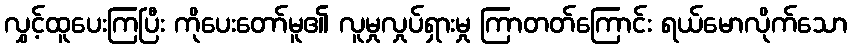
လွှင့်ထူပေးကြပြီး ကိုပေးတော်မူ၏ လူမှုလှုပ်ရှားမှု ကြာတတ်ကြောင်း ရယ်မောလိုက်သော